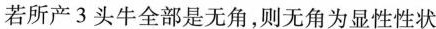
若所产3头牛全部是无角，则无角为显性性状